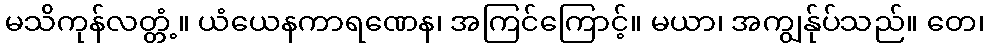
မသိကုန်လတ္တံ့။ ယံယေနကာရဏေန၊ အကြင်ကြောင့်။ မယာ၊ အကျွန်ုပ်သည်။ တေ၊